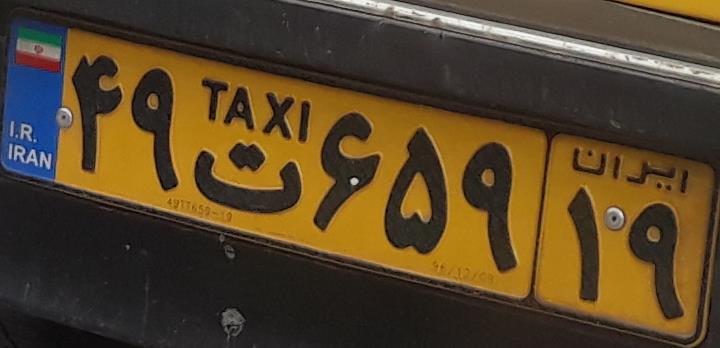
۴۹ت۶۵۹۱۹